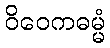
ဝိဝေကဓမ္မံ